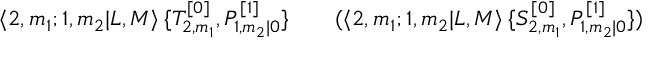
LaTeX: \langle 2 , m _ { 1 } ; 1 , m _ { 2 } | L , M \rangle \: \{ T _ { 2 , m _ { 1 } } ^ { [ 0 ] } , P _ { 1 , m _ { 2 } | 0 } ^ { [ 1 ] } \} \qquad ( \langle 2 , m _ { 1 } ; 1 , m _ { 2 } | L , M \rangle \: \{ S _ { 2 , m _ { 1 } } ^ { [ 0 ] } , P _ { 1 , m _ { 2 } | 0 } ^ { [ 1 ] } \} )